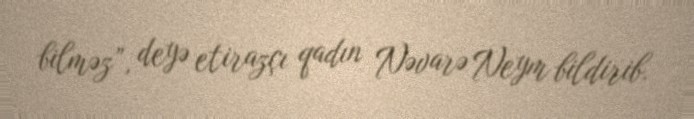
bilməz”, deyə etirazçı qadın Nəvarə Neym bildirib.